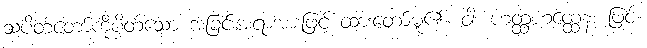
သပိတ်တော်ကိုပိတ်သော အခြင်းအရာအားဖြင့် ထားတော်မူ၏။ ဝါ၊ ဟတ္ထံဟတ္ထေန၊ ဖြင့်။